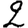
Digit: 2